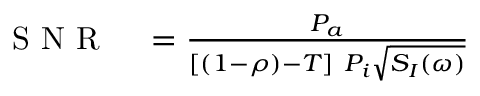
\begin{array} { r l } { \mathrm { ~ S ~ N ~ R ~ } } & { { } = \frac { P _ { a } } { [ ( 1 - \rho ) - T ] \ P _ { i } \sqrt { S _ { I } ( \omega ) } } } \end{array}